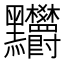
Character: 𪓉